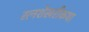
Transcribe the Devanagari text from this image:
रत्नशेखरीकथा